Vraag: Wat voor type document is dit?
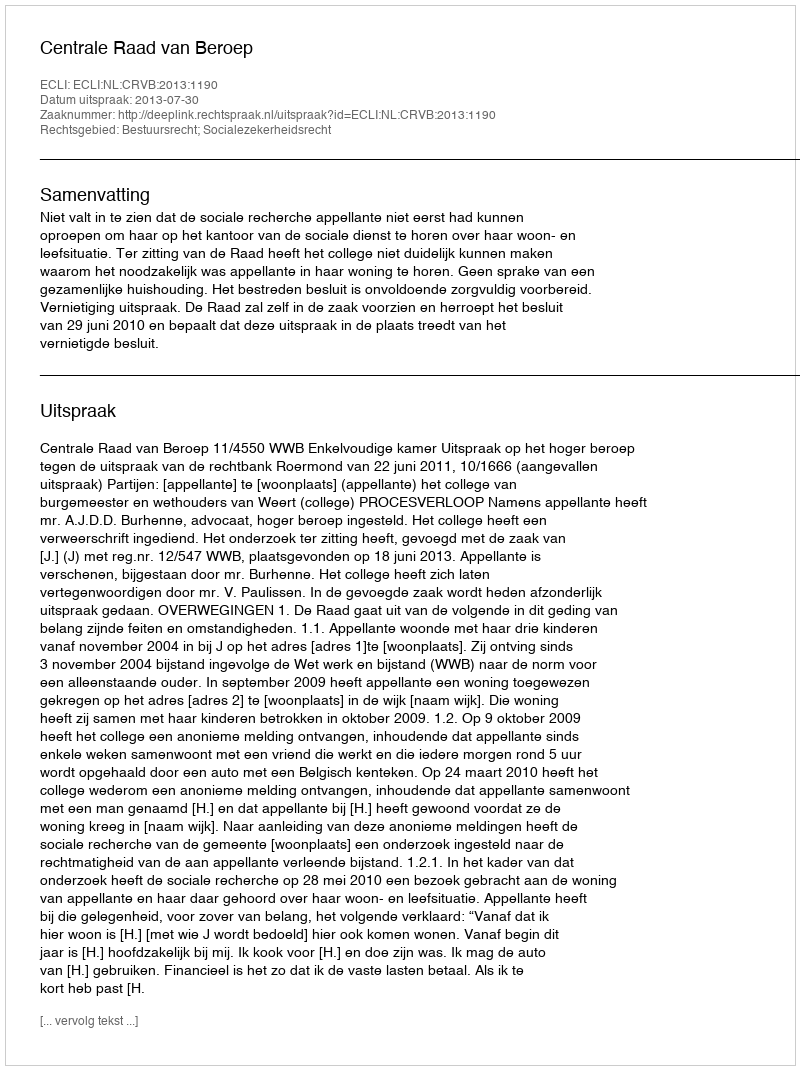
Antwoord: Uitspraak